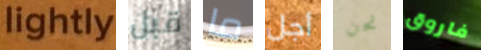
lightly قبل ما أجل نحن فاروق